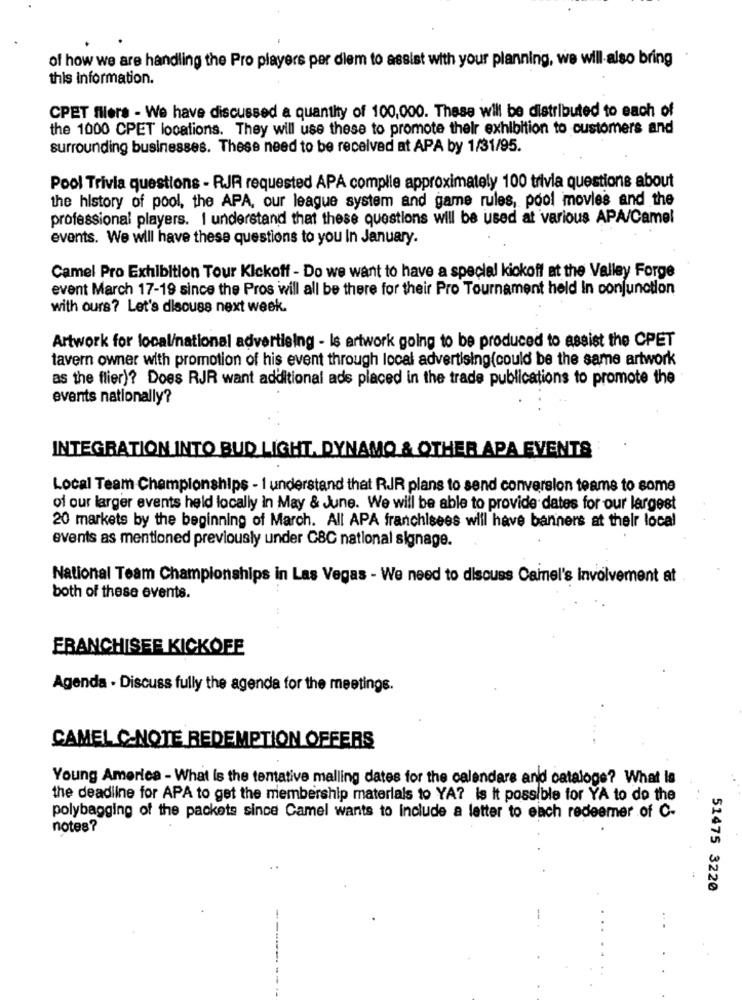
of how we are handling the Pro players per diem to assist with your planning, we will also bring
this information.
CPET fillers - We have discussed a quantity of 100,000. These will be distributed to each of
the 1000 CPET locations. They will use these to promote their exhibition to customers and
surrounding businesses. These need to be received at APA by 1/31/95.
Pool Trivia questions - RJR requested APA complie approximately 100 trivia questions about
the history of pool, the APA, our league system and game rules, pool movies and the
professional players. I understand that these questions will be used at various APA/Camel
events. We will have these questions to you In January.
Camel Pro Exhibition Tour Kickoff - Do we want to have a special kickoff at the Valley Forge
event March 17-19 since the Pros will all be there for their Pro Tournament held In conjunction
with ours? Let's discuss next week.
Artwork for local/national advertising - Is artwork going to be produced to assist the CPET
tavern owner with promotion of his event through local advertising(could be the same artwork
as the flier)? Does RJR want additional ads placed in the trade publications to promote the
events nationally?
INTEGRATION INTO BUD LIGHT. DYNAMO & OTHER APA EVENTS
Local Team Championships - 1 understand that RJR plans to send conversion teams to some
of our larger events held locally in May & June. We will be able to provide dates for our largest
20 markets by the beginning of March. All APA franchisees will have banners at their local
events as mentioned previously under CBC national signage.
National Team Championships in Las Vegas - We need to discuss Cainel's Involvement at
both of these events.
FRANCHISEE KICKOFF
Agenda . Discuss fully the agenda for the meetings.
CAMEL C-NOTE REDEMPTION OFFERS
Young America - What is the tentative malling dates for the calendars and catalogs? What Is
the deadline for APA to get the membership materials to YA? is it possible for YA to do the
polybagging of the packets since Camel wants to include a letter to each redeemer of C-
notes?
51475 3220
-----